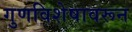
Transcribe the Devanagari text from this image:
गुणविशेषावरून